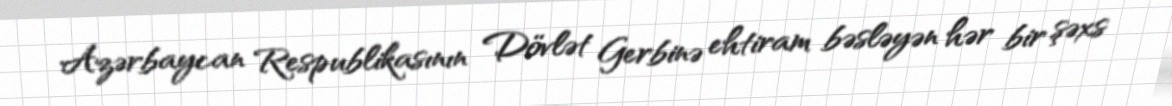
Azərbaycan Respublikasının Dövlət Gerbinə ehtiram bəsləyən hər bir şəxs